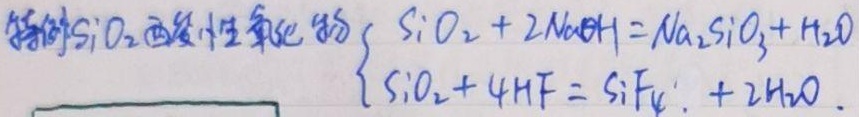
特例\(\mathrm{SiO}_{2}\)酸性氧化物\(\begin{cases}
\mathrm{SiO}_{2}+2\mathrm{NaOH}=\mathrm{Na}_{2}\mathrm{SiO}_{3}+\mathrm{H}_{2}\mathrm{O}\\
\mathrm{SiO}_{2}+4\mathrm{HF}=\mathrm{SiF}_{4}+2\mathrm{H}_{2}\mathrm{O}
\end{cases}\)